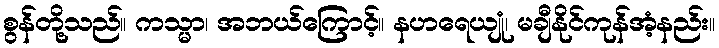
စွန်တို့သည်။ ကသ္မာ၊ အဘယ်ကြောင့်။ နဟရေယျုံ၊ မချီနိုင်ကုန်အံ့နည်း။